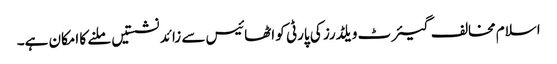
اسلام مخالف گیئرٹ ویلڈرز کی پارٹی کو اٹھائیس سے زائد نشستیں ملنے کا امکان ہے۔